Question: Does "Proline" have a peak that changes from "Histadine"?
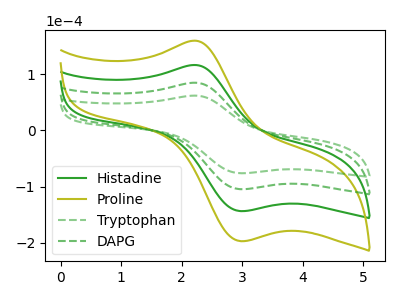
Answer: <think>The green curve "Histadine" has an anodic peak at (2.20V, 169.35uA) and a cathodic peak at (2.95V, -209.40uA). The olive curve "Proline" has an anodic peak at (2.20V, 254.00uA) and a cathodic peak at (2.95V, -314.10uA). The green dashed curve "Tryptophan" has an anodic peak at (2.20V, 61.70uA) and a cathodic peak at (2.95V, -76.30uA). The green dashed curve "DAPG" has an anodic peak at (2.20V, 84.65uA) and a cathodic peak at (2.95V, -104.70uA).
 All the peaks in "Proline" have a peak in "Histadine" at the same potential. Every peak in "Proline" is higher than every peak in "Histadine".</think>
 <answer>No, "Proline" and "Histadine" don't appear to be significantly different in shape</answer>
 <eval>no_change</eval>